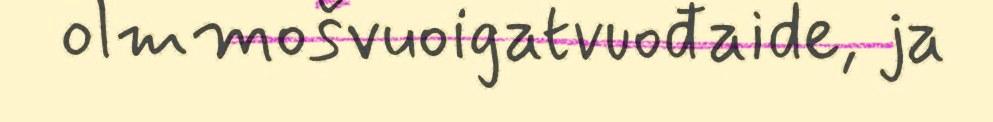
olmmošvuoigatvuođaide, ja